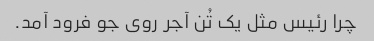
چرا رئیس مثل یک تُن آجر روی جو فرود آمد.